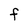
Character: F